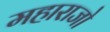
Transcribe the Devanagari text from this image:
महाराजो